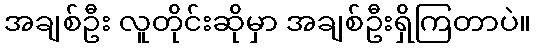
အချစ်ဦး လူတိုင်းဆိုမှာ အချစ်ဦးရှိကြတာပဲ။